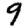
Digit: 9